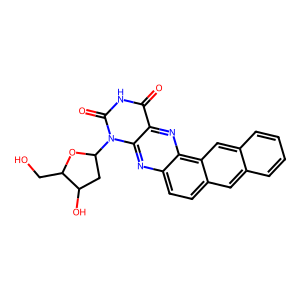
SMILES: O=c1[nH]c(=O)n(C2CC(O)C(CO)O2)c2nc3ccc4cc5ccccc5cc4c3nc12
Inhibits HIV replication: No